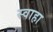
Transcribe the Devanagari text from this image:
स्‍वाहा